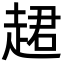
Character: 䞫